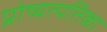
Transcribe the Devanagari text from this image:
प्रोष्यत्पतिका